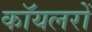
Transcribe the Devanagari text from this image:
कॉयलरों